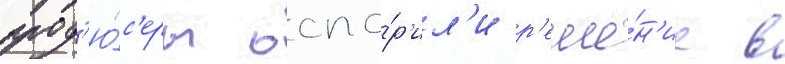
прод'ю́с'еры оспо́р'ил'и р'еше́н'ие в